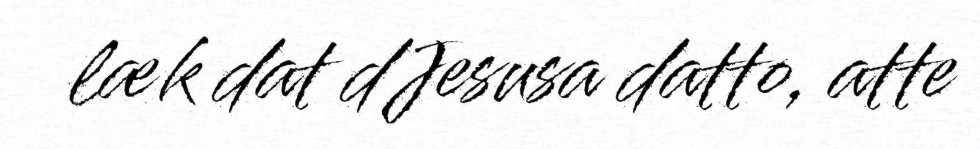
læk dat dJesusa datto, atte